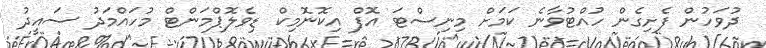
ދުވަހުން ފެށިގެން ހުއްޓުވާނެ ކަމަށް މިނިސްޓަ އޮފް އިކޮނޮމިކް ޑިވެލޮޕްމަންޓް މުހައްމަދު ސައީދު